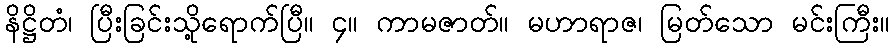
နိဋ္ဌိတံ၊ ပြီးခြင်းသို့ရောက်ပြီ။ ၄။ ကာမဇာတ်။ မဟာရာဇ၊ မြတ်သော မင်းကြီး။